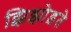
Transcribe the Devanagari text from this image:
झिझोड़ते